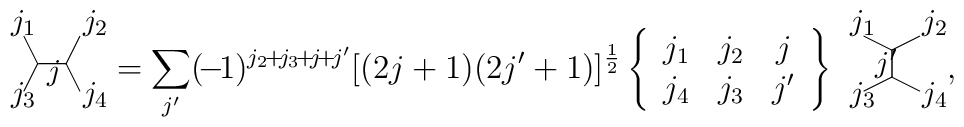
\begin{array}{c} {\small \begin{picture}(30,30)  \put(5,5){\line(1,2){5}}\put(5,25){\line(1,-2){5}} \put(20,15){\line(1,-2){5}}\put(20,15){\line(1,2){5}} \put(10,15){\line(1,0){10}} \put(0,27){$j_1$}\put(26,27){$j_2$} \put(0,1){$j_3$} \put(26,1){$j_4$}  \put(13,9){$j$}\end{picture} } \end{array} = \sum_{j^\prime}(\!-\!1)^{j_2\!+\!j_3\!+\!j\!+\!j^\prime} [(2j+1)(2j^\prime+1)]^{\frac{1}{2}}\left\{ \begin{array}{ccc} j_1&j_2&j\\j_4&j_3&j^\prime \end{array} \right\}\begin{array}{c} {\small \begin{picture}(30,30)  \put(5,5){\line(2,1){10}}\put(5,25){\line(2,-1){10}} \put(15,10){\line(2,-1){10}}\put(15,20){\line(2,1){10}} \put(15,10){\line(0,1){10}}  \put(0,27){$j_1$}\put(26,27){$j_2$} \put(0,1){$j_3$} \put(26,1){$j_4$} \put(9,12){$j^\prime$}\end{picture} } \end{array},